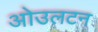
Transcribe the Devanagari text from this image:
ओउलटन